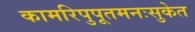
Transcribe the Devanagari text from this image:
कामरिपुपूतमनःसुकेत